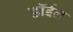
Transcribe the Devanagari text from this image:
डॉईल